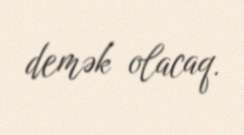
demək olacaq.